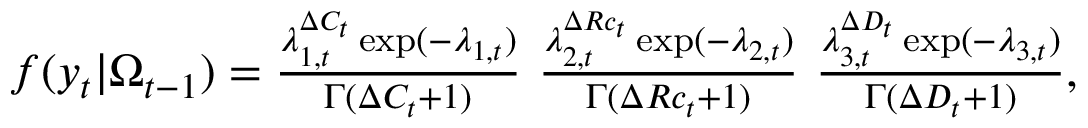
\begin{array} { r c l } { f ( y _ { t } | \Omega _ { t - 1 } ) = \frac { \lambda _ { 1 , t } ^ { \Delta C _ { t } } \exp ( - \lambda _ { 1 , t } ) } { \Gamma ( \Delta C _ { t } + 1 ) } ~ \frac { \lambda _ { 2 , t } ^ { \Delta R c _ { t } } \exp ( - \lambda _ { 2 , t } ) } { \Gamma ( \Delta R c _ { t } + 1 ) } ~ \frac { \lambda _ { 3 , t } ^ { \Delta D _ { t } } \exp ( - \lambda _ { 3 , t } ) } { \Gamma ( \Delta D _ { t } + 1 ) } , } \end{array}